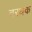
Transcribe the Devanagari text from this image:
वरधक